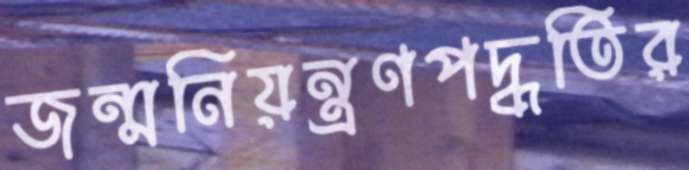
জন্মনিয়ন্ত্রণপদ্ধতির